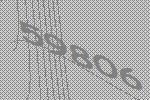
59806